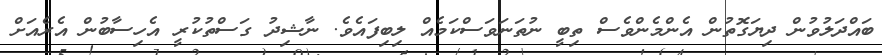
ބައްދަލުވުން ދިޔަގޮތުން އެންމެންވެސް ތިބީ ނުތަނަވަސްކަމެއް ލިބިފައެވެ. ނާޝިދު ގަސްތުކުރީ އެހިސާބުން އެރެއަށް